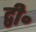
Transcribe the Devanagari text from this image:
द्वी॰